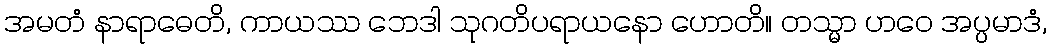
အမတံ နာရာဓေတိ, ကာယဿ ဘေဒါ သုဂတိပရာယနော ဟောတိ။ တသ္မာ ဟဝေ အပ္ပမာဒံ,